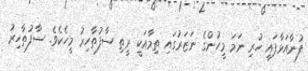
ފުނާއަޅާފައި ހުރި ނަމަ މީހުންގެ ނަޒަރުގައި ތިމާއަކީ ރީތި ސާފުތާހިރު މީހެކެވެ. ސާފުތާހިރު